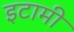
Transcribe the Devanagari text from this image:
इटामी